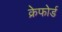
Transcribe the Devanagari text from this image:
क्रेफोर्ड